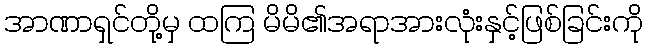
အာဏာရှင်တို့မှ ထကြ မိမိ၏အရာအားလုံးနှင့်ဖြစ်ခြင်းကို